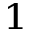
^ 1